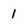
Character: 1